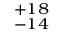
^ { + 1 8 } _ { - 1 4 }